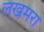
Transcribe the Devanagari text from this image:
लखमरा